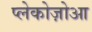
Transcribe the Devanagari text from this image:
प्लेकोज़ोआ